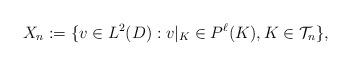
LaTeX: \begin{align*}X_n:=\{ v \in L^2(D) : v|_{K} \in P^\ell(K), K \in {\mathcal T}_n \},\end{align*}